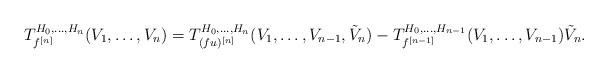
LaTeX: \begin{align*}T^{H_0,\ldots,H_n}_{f^{[n]}}(V_1,\ldots,V_n)&=T^{H_0,\ldots,H_n}_{(fu)^{[n]}}(V_1,\ldots,V_{n-1},\tilde{V}_n)-T^{H_0,\ldots,H_{n-1}}_{f^{[n-1]}}(V_1,\ldots,V_{n-1})\tilde{V}_n.\end{align*}